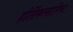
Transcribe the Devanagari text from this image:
होर्तिकल्तारिस्ट